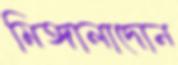
মিঙ্গালাদোন